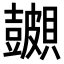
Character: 𬥪